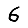
Digit: 6